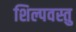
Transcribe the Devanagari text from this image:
शिल्पवस्तु